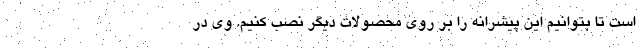
است تا بتوانیم این پیشرانه را بر روی محصولات دیگر نصب کنیم. وی در